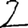
Digit: 2